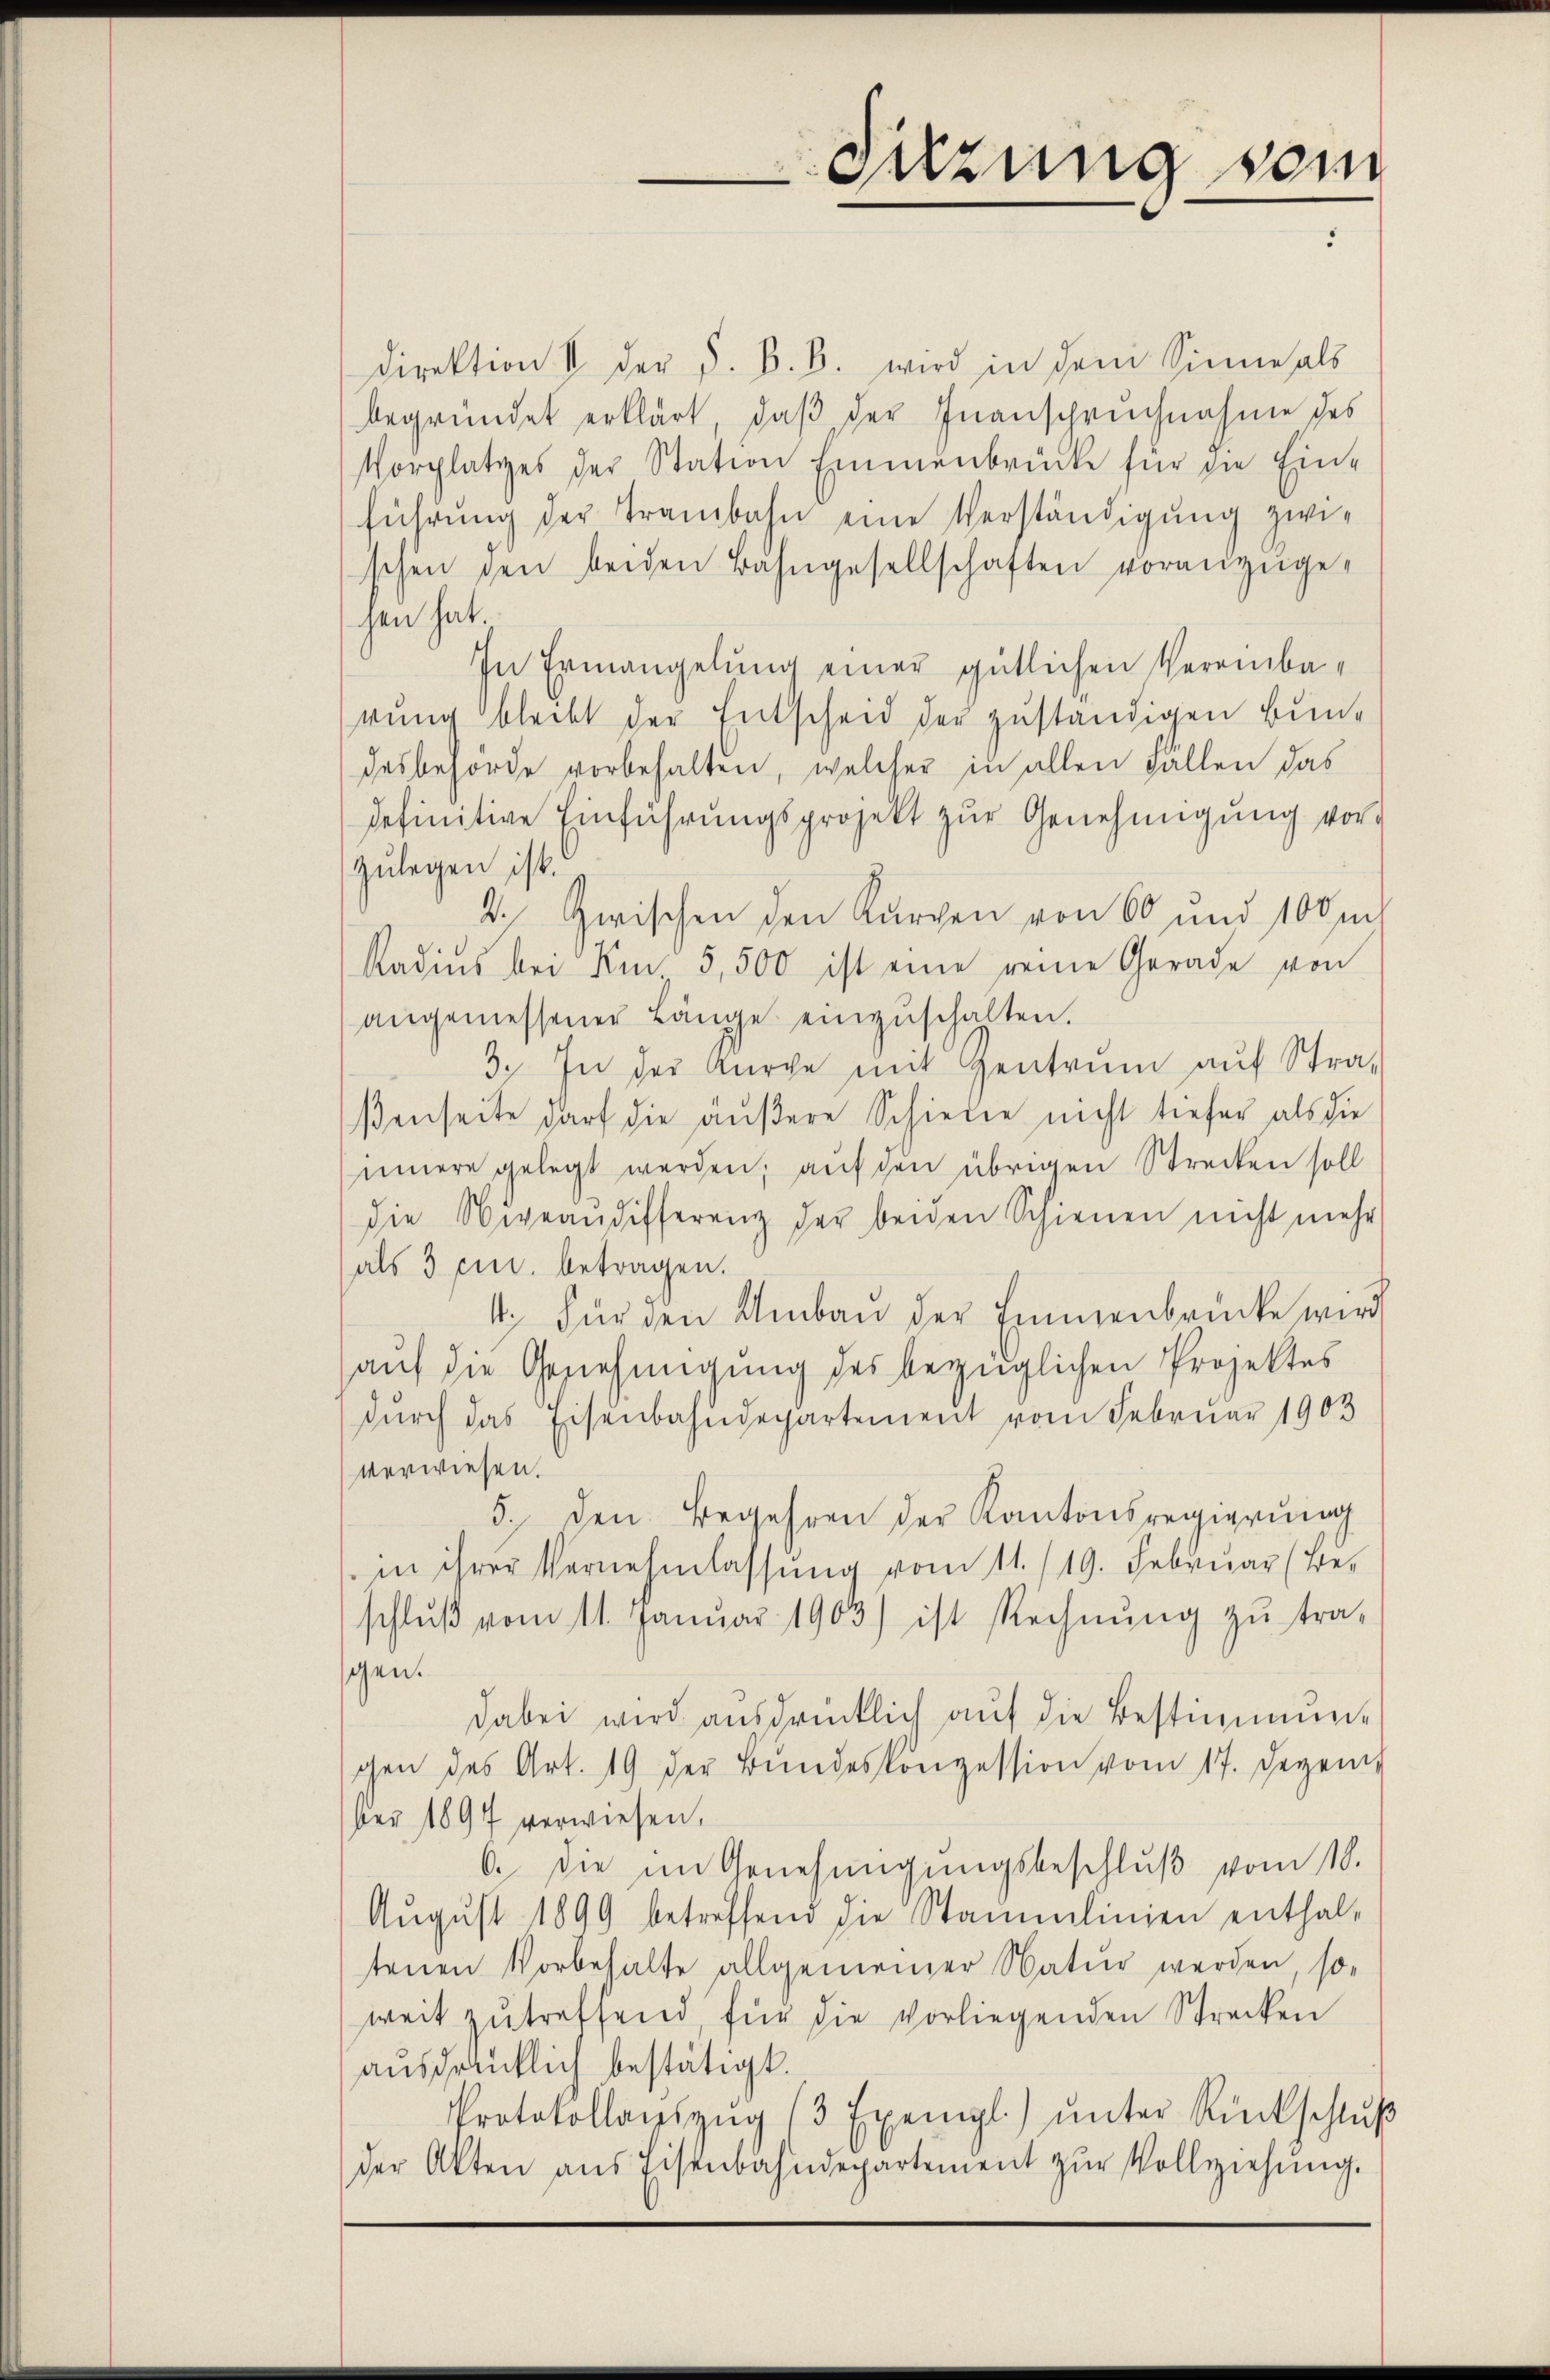
Suzung vom

Direktion I der d. B. B. wird in dem Sinne als
begründet erklärt, daß der Inanspruchnahme des
Vorplatzes der Station Emmenbrücke für die Ein-
führung der Trambahn eine Verständigung zwi-
schen den beiden Bahngesellschaften voranzugehen hat.
In Ermangelung einer gütlichen Vereinba-
rung bleibt der Entscheid der zuständigen Bundesbehörde vorbehalten, welcher in allen Fallen das
definitive Einführŭngsprojekt zŭr Genehmigŭng vor
zulegen ist.
2. Zwischen den Kurven von 60 und 100 m
Radius bei Um 5,500 ist eine reine Gerade von
angemessener Länge einzŭschalten.
3. In der Kirche mit Zentrum auf Stra-
ßenseite darf die äußere Schiede nicht tiefer als die
innere gelegt werden; auf den übrigen Strecken soll
die Niveaŭdifferenz der beiden Schienen nicht mehr
als 3 pr. betragen.
4. Für den Umbau der Immenbrücke wird
auf die Genehmigung des bezüglichen Projektes
durch das Eisenbahndepartement vom Februar 1903
verwiesen.
5. den Begehren der Kantonsregierung
in ihrer Vernehmlassung vom 11. /19. Februar (Beschlŭβ vom 11. Janŭar 1903) ist Rechnŭng zŭ tra-
gen.
dabei wird ausdrücklich auf die Bestimmung
chen des Art. 19 der Bŭndeskonzession vom 17. Dezem
ber 1897 verwiesen,
6. die im Genehmigungsbeschluß vom 10.
Aŭgŭst 1899 betreffend die Stammlinien enthal-
tenen Vorbehalte allgemeiner Natur werden, so-
weit zutreffend, für die vorliegenden Strecken
ausdrücklich bestätigt.
Protokollaŭszŭg (3 Exempl.) ŭnter Rückschlŭβ
der Akten aus Eisenbahndepartement zŭr Vollziehung.